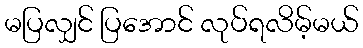
မပြလျှင် ပြအောင် လုပ်ရလိမ့်မယ်